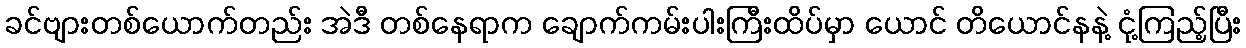
ခင်ဗျားတစ်ယောက်တည်း အဲဒီ တစ်နေရာက ချောက်ကမ်းပါးကြီးထိပ်မှာ ယောင် တိယောင်နနဲ့ ငုံ့ကြည့်ပြီး